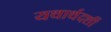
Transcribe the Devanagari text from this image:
यथार्थदर्शी